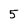
Character: 5